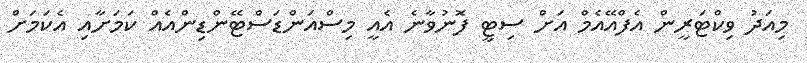
މިއަދު ވިކްޓަރީން އެފްއޭއެމް އަށް ސިޓީ ފޮނުވާނެ އެއީ މިސްއަންޑަސްޓޭންޑިންއެއް ކަމަށާއި އެކަމަށް